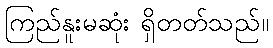
ကြည်နူးမဆုံး ရှိတတ်သည်။